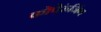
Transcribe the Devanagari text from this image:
कोपेरुंजिंग